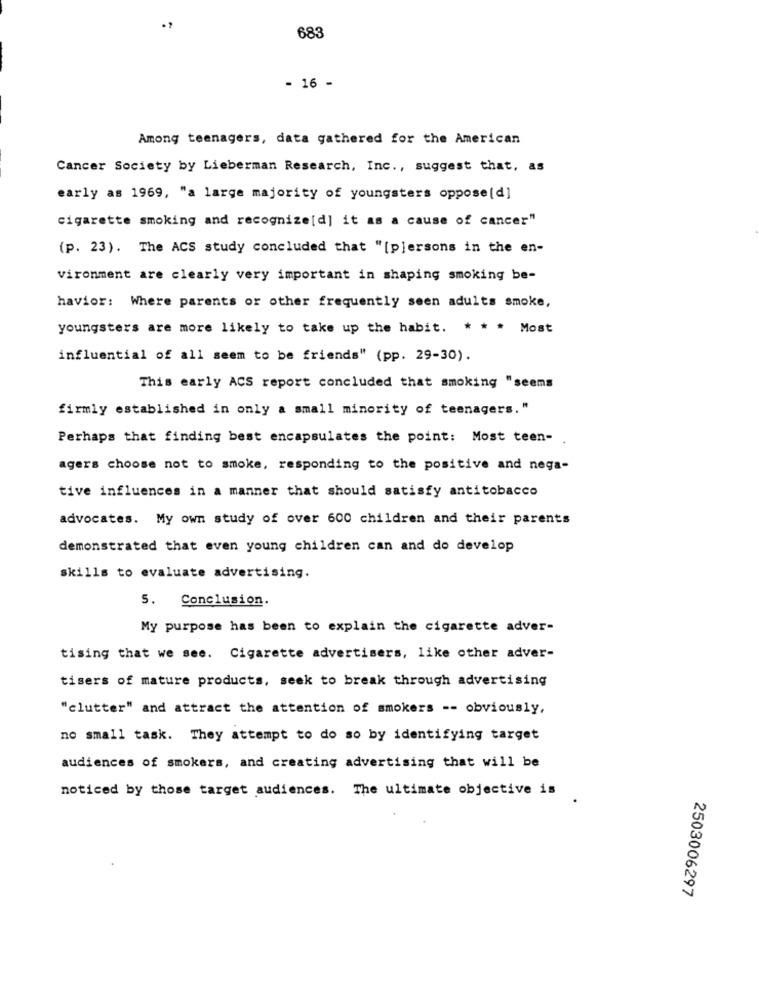
683
- 16 -
Among teenagers, data gathered for the American
Cancer Society by Lieberman Research, Inc ., suggest that, as
early as 1969, "a large majority of youngsters oppose[d]
cigarette smoking and recognize[d] it as a cause of cancer"
(p. 23). The ACS study concluded that "[p]ersons in the en-
vironment are clearly very important in shaping smoking be-
havior: Where parents or other frequently seen adults smoke,
youngsters are more likely to take up the habit. * * * Most
influential of all seem to be friends" (pp. 29-30).
This early ACS report concluded that smoking "seems
firmly established in only a small minority of teenagers."
Perhaps that finding best encapsulates the point: Most teen-
agers choose not to smoke, responding to the positive and nega-
tive influences in a manner that should satisfy antitobacco
advocates. My own study of over 600 children and their parents
demonstrated that even young children can and do develop
skills to evaluate advertising.
5. Conclusion.
My purpose has been to explain the cigarette adver-
tising that we see. Cigarette advertisers, like other adver-
tisers of mature products, seek to break through advertising
"clutter" and attract the attention of smokers -- obviously,
no small task. They attempt to do so by identifying target
audiences of smokers, and creating advertising that will be
noticed by those target audiences. The ultimate objective is
2503006297